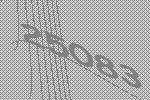
25083